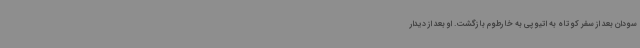
سودان بعد از سفر کوتاه به اتیوپی به خارطوم بازگشت. او بعد از دیدار